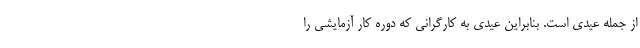
از جمله عیدی است. بنابراین عیدی به کارگرانی که دوره کار آزمایشی را